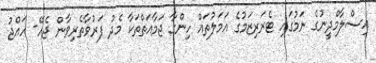
އިސްލާމްދީނުގެ ނަމުގައި ޓެރަރިޒަމުގެ އަމަލުތައް ހިންގާ ޖަމާއަތްތަކާ މެދު ފަރުވާތެރިވާން ޖެހޭ- ހައްޖު